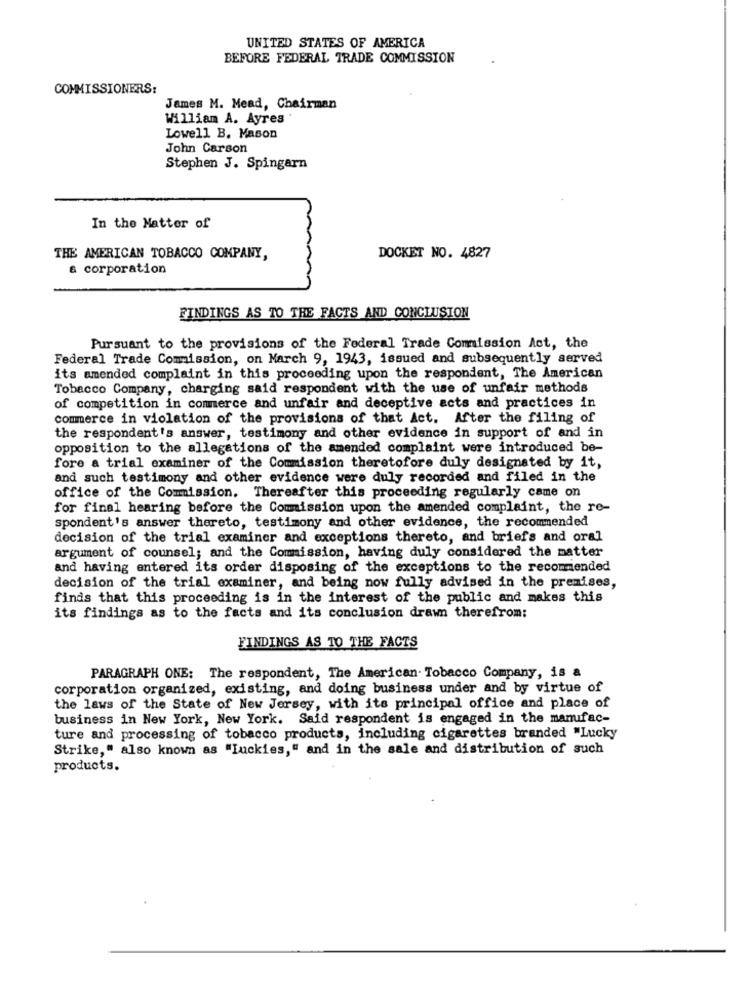
UNITED STATES OF AMERICA
BEFORE FEDERAL TRADE COMMISSION
COMMISSIONERS:
James M. Mead, Chairman
William A. Ayres
Lowell B. Mason
John Carson
Stephen J. Spingarn
In the Matter of
THE AMERICAN TOBACCO COMPANY,
DOCKET NO. 4827
a corporation
FINDINGS AS TO THE FACTS AND CONCLUSION
Pursuant to the provisions of the Federal Trade Commission Act, the
Federal Trade Comission, on March 9, 1943, issued and subsequently served
its amended complaint in this proceeding upon the respondent, The American
Tobacco Company, charging said respondent with the use of unfair methods
of competition in commerce and unfair and deceptive acts and practices in
commerce in violation of the provisions of that Act. After the filing of
the respondent's answer, testimony and other evidence in support of and in
opposition to the allegations of the amended complaint were introduced be-
fore a trial examiner of the Commission theretofore duly designated by it,
and such testimony and other evidence were duly recorded and filed in the
office of the Comission. Thereafter this proceeding regularly came on
for final hearing before the Commission upon the amended complaint, the re-
spondent's answer thereto, testimony and other evidence, the recommended
decision of the trial examiner and exceptions thereto, and briefs and oral
argument of counsel; and the Commission, having duly considered the matter
and having entered its order disposing of the exceptions to the recommended
decision of the trial examiner, and being now fully advised in the premises,
finds that this proceeding is in the interest of the public and makes this
its findings as to the facts and its conclusion drawn therefrom:
FINDINGS AS TO THE FACTS
PARAGRAPH ONE: The respondent, The American Tobacco Company, is a
corporation organized, existing, and doing business under and by virtue of
the laws of the State of New Jersey, with its principal office and place of
business in New York, New York. Said respondent is engaged in the manufac-
ture and processing of tobacco products, including cigarettes branded "Lucky
Strike," also known as "Iuckies," and in the sale and distribution of such
products.